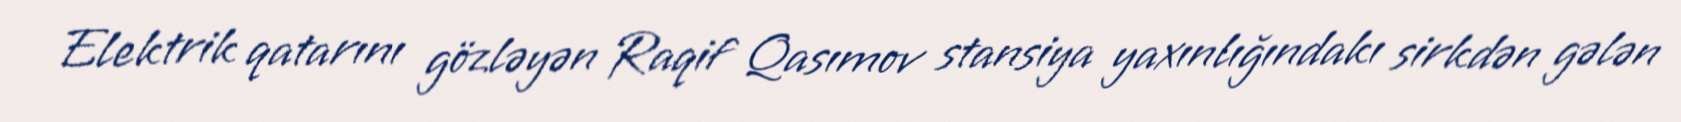
Elektrik qatarını gözləyən Raqif Qasımov stansiya yaxınlığındakı sirkdən gələn